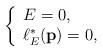
LaTeX: \begin{align*}\left\{ \begin{array}{l} E=0, \\ \ell _{E}^{\ast }(\mathbf{p})=0,\end{array}\right. \end{align*}